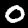
Label: 0